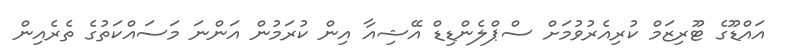
އައްޑޫގެ ޓޫރިޒަމް ކުރިއެރުވުމަށް ސްޕްލެންޑިޑް އޭޝިއާ އިން ކުރަމުން އަންނަ މަސައްކަތުގެ ތެރެއިން